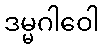
ဒမ္မဂါဝေါ